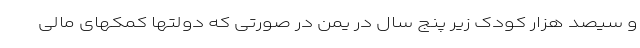
و سیصد هزار کودک زیر پنج سال در یمن در صورتی که دولتها کمکهای مالی